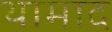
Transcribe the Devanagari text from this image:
थामाद